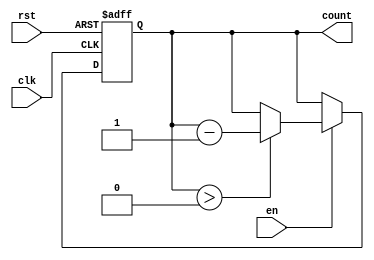
module down_counter #(
    parameter N = 3  // Number of bits (maximum count value is 2^N - 1)
) (
    input wire clk,     // Clock signal
    input wire rst,     // Asynchronous reset
    input wire en,      // Enable signal
    output reg [N-1:0] count // Current count value output
);

// State transition logic
always @(posedge clk or posedge rst) begin
    if (rst) begin
        count <= N; // Reset to maximum value (N)
    end else if (en) begin
        if (count > 0) begin
            count <= count - 1; // Decrement the counter
        end
        // If count is 0, it remains at 0 until reset
    end
end

endmodule